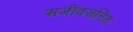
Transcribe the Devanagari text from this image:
अजीवजनित